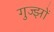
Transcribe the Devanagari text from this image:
गुज्झों